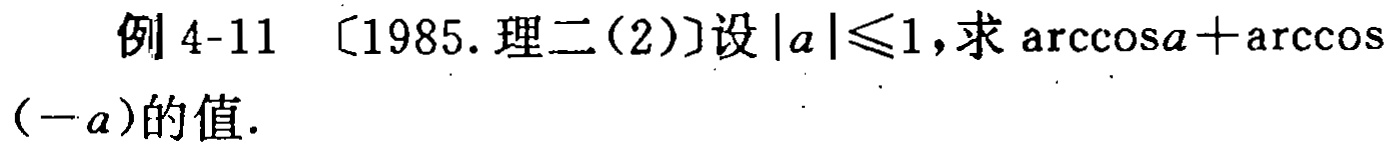
例 4-11 〔1985.理二(2)〕设$|a|\leqslant1$,求$\arccos a+\arccos(-a)$的值.